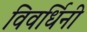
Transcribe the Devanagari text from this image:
विवर्धिनी